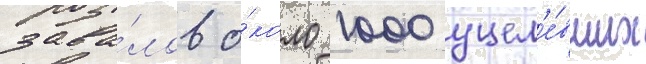
зава́лов о́коло 1000 уцел'е́вших